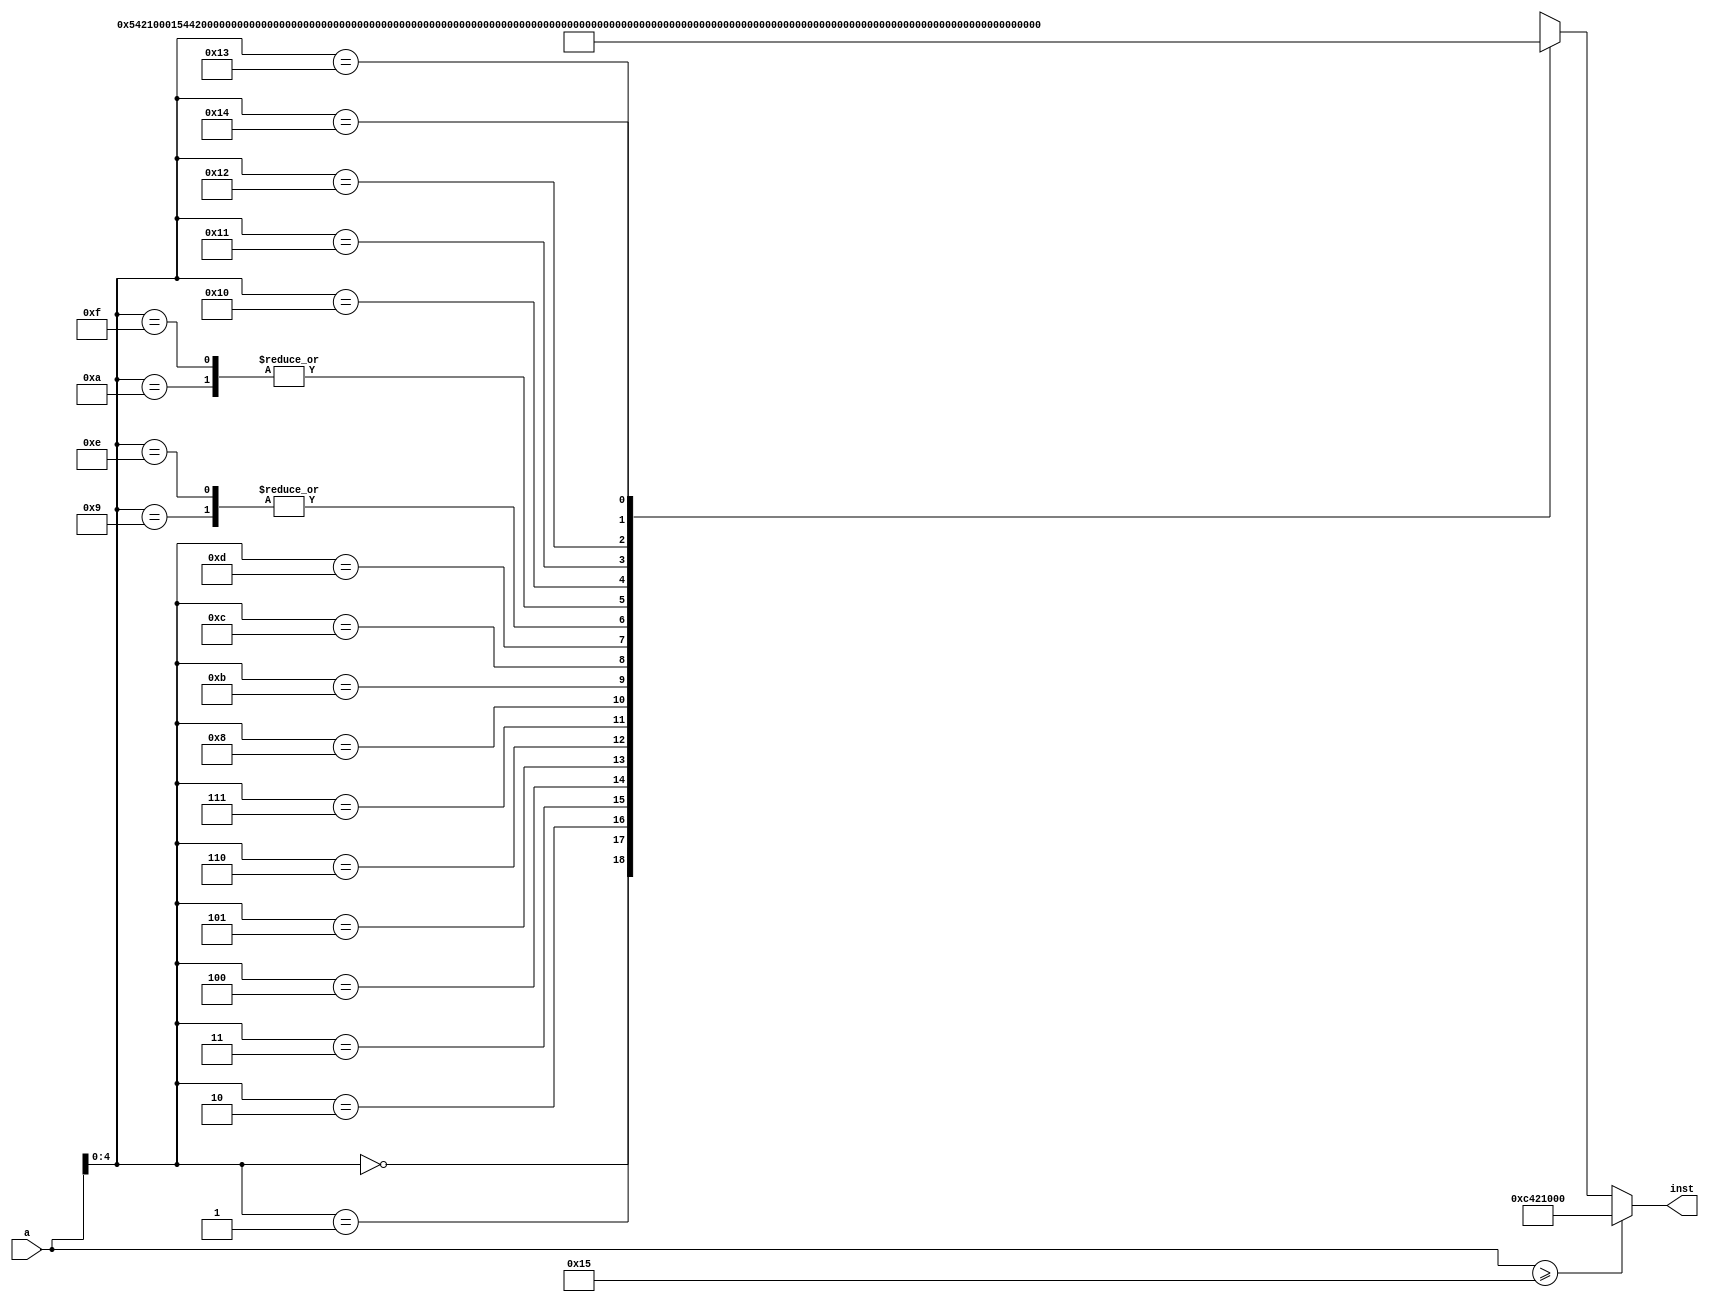

module instmem (a,inst);               // instruction memory, rom
    input  [31:0] a;                     // address
    output [31:0] inst;                  // instruction
    wire   [31:0] rom [0:20];            // rom cells: 32 words * 32 bits
     
	 // rom[word_addr] = instruction      // (pc) label   instruction
	assign rom[5'h0] = 32'b010101_00001_00001_0000000000000001; //XORI R1 R1 1
	assign rom[5'h1] = 32'b010101_00010_00010_0000000000000000; //XORI R2 R2 0
	assign rom[5'h2] = 32'b010101_00011_00011_0000000000000000; //XORI R3 R3 0
	assign rom[5'h3] = 32'b010000_00010_00010_0000000000000001; //JP: ADDI R2 R2 1
	assign rom[5'h4] = 32'b000010_00001_00001_00010_00000000000; //MUL R1 R1 R2
	assign rom[5'h5] = 32'b010011_00100_00100_0000000000000000; //ANDI R4 R4 0
	assign rom[5'h6] = 32'b000000_00100_00000_00010_00000000000; //ADD R4 R0 R2
	assign rom[5'h7] = 32'b010111_00100_00100_0000000000000001; //SHRI R4 R4 1
	assign rom[5'h8] = 32'b111000_00001110_00000_00000_00000000; //JNC JP1
	assign rom[5'h9] = 32'b010011_00101_00101_0000000000000000; //ANDI R5 R5 0
	assign rom[5'hA] = 32'b000000_00101_00000_00001_00000000000; //ADD R5 R0 R1
	assign rom[5'hB] = 32'b010110_00101_00101_0000000000000001; //SHLI R5 R5 1
	assign rom[5'hC] = 32'b000000_00011_00011_00101_00000000000; //ADD R3 R3 R5
	assign rom[5'hD] = 32'b110000_00010010_00000_00000_00000000; //JMP JP2
	assign rom[5'hE] = 32'b010011_00101_00101_0000000000000000; //JP1: ANDI R5 R5 0
	assign rom[5'hF] = 32'b000000_00101_00000_00001_00000000000; //ADD R5 R0 R1
	assign rom[5'h10] = 32'b011000_00101_00101_0000000000000001; //SARI R5 R5 1
	assign rom[5'h11] = 32'b000001_00011_00011_00101_00000000000; //SUB R3 R3 R5
	assign rom[5'h12] = 32'b011001_00010_00010_0000000000000100; //JP2: CMPI R2 R2 4
	assign rom[5'h13] = 32'b110010_00000011_00000_00000_00000000; //JNE JP
	assign rom[5'h14] = 32'b000011_00010_00010_00010_00000000000; //NOP

    //assign inst = rom[a];           // use word address to read rom
	 assign inst = (a >= 5'h15)? 32'b000011_00010_00010_00010_00000000000 : rom[a]; // read port A
endmodule